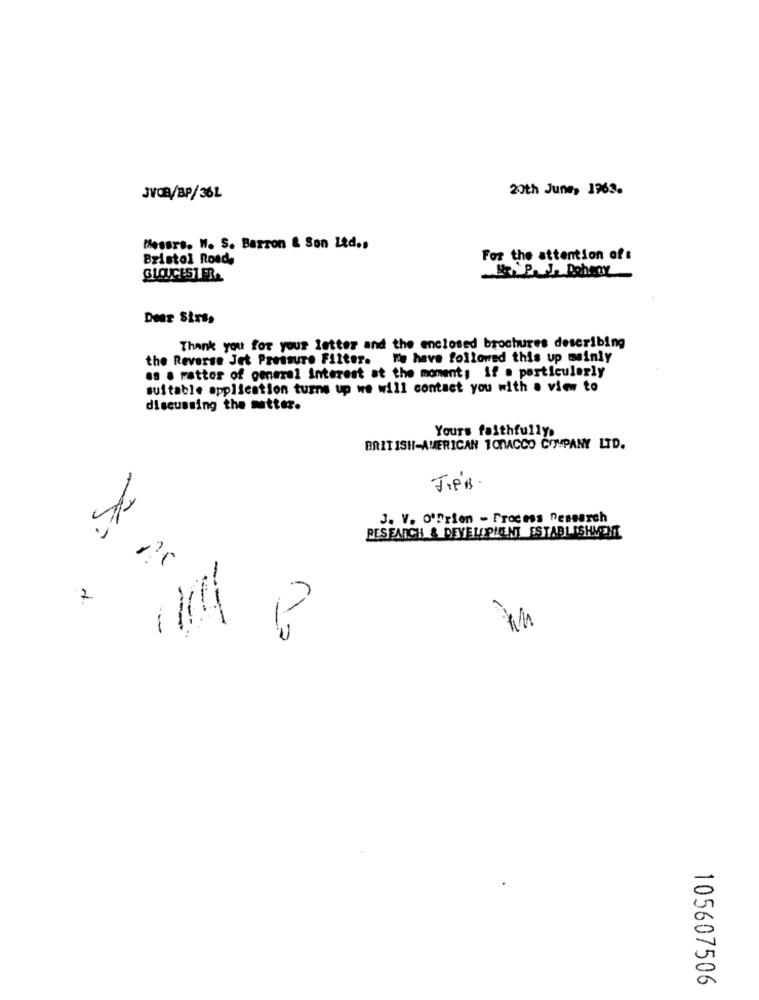
20th June, 1963.
JVOR/BP/36L
Messrs. W. S. Barron & Son Ltd .,
Bristol Road,
For the attention of:
GLOUCEST FRA
MR.P. J. Dehoy
Dear Sirss
Thank you for your letter and the enclosed brochures describing
the Reverse Jet Pressure Filter. We have followed this up mainly
as a matter of general interest at the moment, if a particularly
suitable application turns up we will contact you with a view to
discussing the mutter.
Yours faithfully.
BRITISH-AMERICAN 1CRACCO COMPANY LTD.
-
JIPB.
J. V. O'brien - Process Desearch
RESEARCH & DEVELOPMENT ESTABLISHMENT
2
--
-
105607506